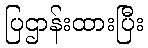
ပြဌာန်းထားပြီး